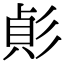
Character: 𢒟